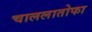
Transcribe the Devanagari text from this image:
चाललातोफा